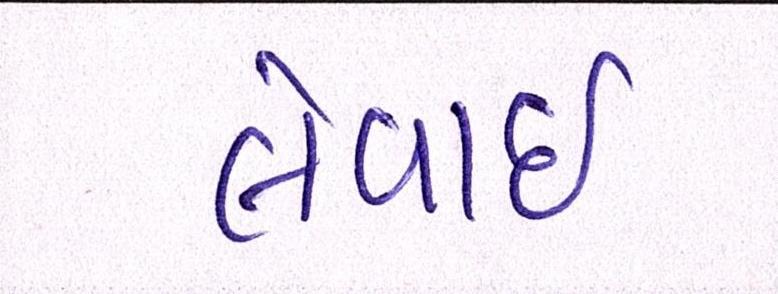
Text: લેવાઇ